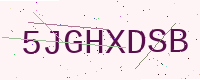
Text: 5JGHXDSB